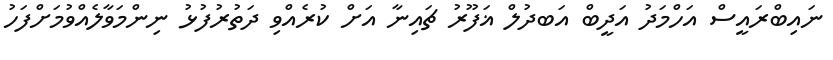
ނައިބްރައީސް އަހްމަދު އަދީބް އަބދުލް ޣަފޫރު ޗައިނާ އަށް ކުރެއްވި ދަތުރުފުޅު ނިންމަވާލެއްވުމަށްފަހު